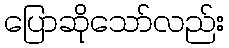
ပြောဆိုသော်လည်း